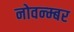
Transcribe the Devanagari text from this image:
नोवन्म्बर